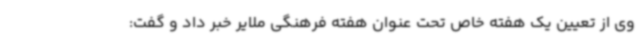
وی از تعیین یک هفته خاص تحت عنوان هفته فرهنگی ملایر خبر داد و گفت: